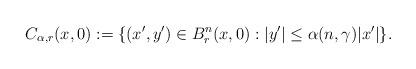
LaTeX: \begin{align*} C_{\alpha, r}(x,0) := \{(x', y') \in B_r^n(x, 0): |y'| \le \alpha(n, \gamma) |x'| \}.\end{align*}